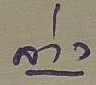
ล่าง